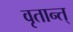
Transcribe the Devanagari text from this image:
वृतान्त्